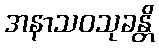
အနာသဝသုခန္တိ